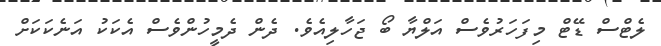
ލެޓްސް ޑޭޓް މިފަހަރުވެސް އަލްޔާ ބޯ ޖަހާލިއެވެ. ދެން ދެމީހުންވެސް އެކަކު އަނެކަކަށް